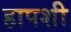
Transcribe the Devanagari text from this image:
हापशी